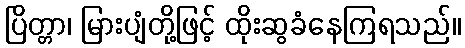
ပြိတ္တာ၊ မြားပျံတို့ဖြင့် ထိုးဆွခံနေကြရသည်။